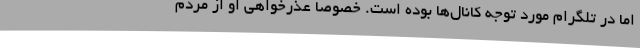
اما در تلگرام مورد توجه کانال‌ها بوده است. خصوصاً عذرخواهی او از مردم